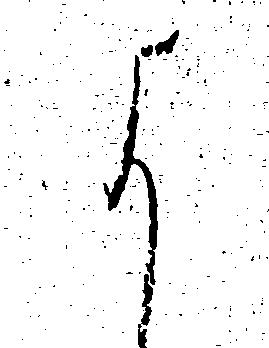
よ